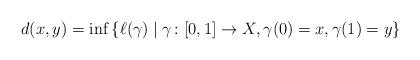
LaTeX: \begin{align*} d(x,y) = \inf \left\{ \ell(\gamma) \mid \gamma \colon [0,1] \to X, \gamma(0) = x , \gamma(1) = y \right\}\end{align*}